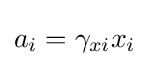
a_{i}=\gamma _{xi}x_{i}